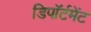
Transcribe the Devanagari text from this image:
डिपॉर्टमेंट